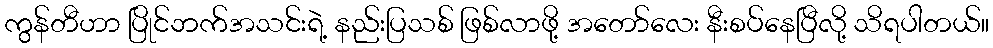
ကွန်တီဟာ ပြိုင်ဘက်အသင်းရဲ့ နည်းပြသစ် ဖြစ်လာဖို့ အတော်လေး နီးစပ်နေပြီလို့ သိရပါတယ်။